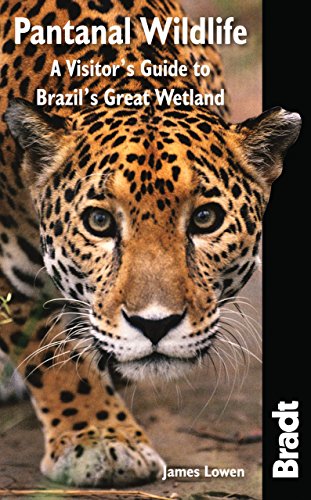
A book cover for Pantanal Wildlife: A Visitor's Guide To Brazil's Great Wetland (Bradt Wildlife Explorer); James Lowen; Travel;